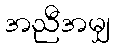
အညီအမျှ